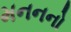
મનનનો